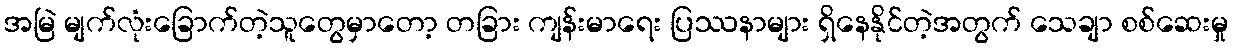
အမြဲ မျက်လုံးခြောက်တဲ့သူတွေမှာတော့ တခြား ကျန်းမာရေး ပြဿနာများ ရှိနေနိုင်တဲ့အတွက် သေချာ စစ်ဆေးမှု